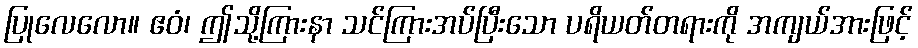
ပြုလေလော။ ဧဝံ၊ ဤသို့ကြားနာ သင်ကြားအပ်ပြီးသော ပရိယတ်တရားကို အကျယ်အားဖြင့်